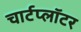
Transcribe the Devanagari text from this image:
चार्टप्लॉटर